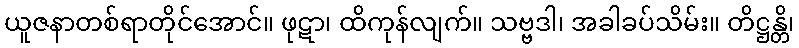
ယူဇနာတစ်ရာတိုင်အောင်။ ဖုဋာ၊ ထိကုန်လျက်။ သဗ္ဗဒါ၊ အခါခပ်သိမ်း။ တိဋ္ဌန္တိ၊